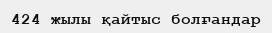
424 жылы қайтыс болғандар